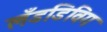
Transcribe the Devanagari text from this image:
लँडडिविग